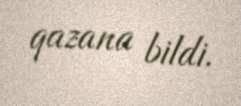
qazana bildi.